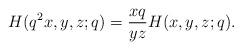
LaTeX: \begin{align*}H(q^2x,y,z;q)=\frac{xq}{yz}H(x,y,z;q).\end{align*}